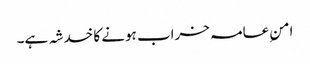
امنِ عامہ خراب ہونے کا خدشہ ہے۔